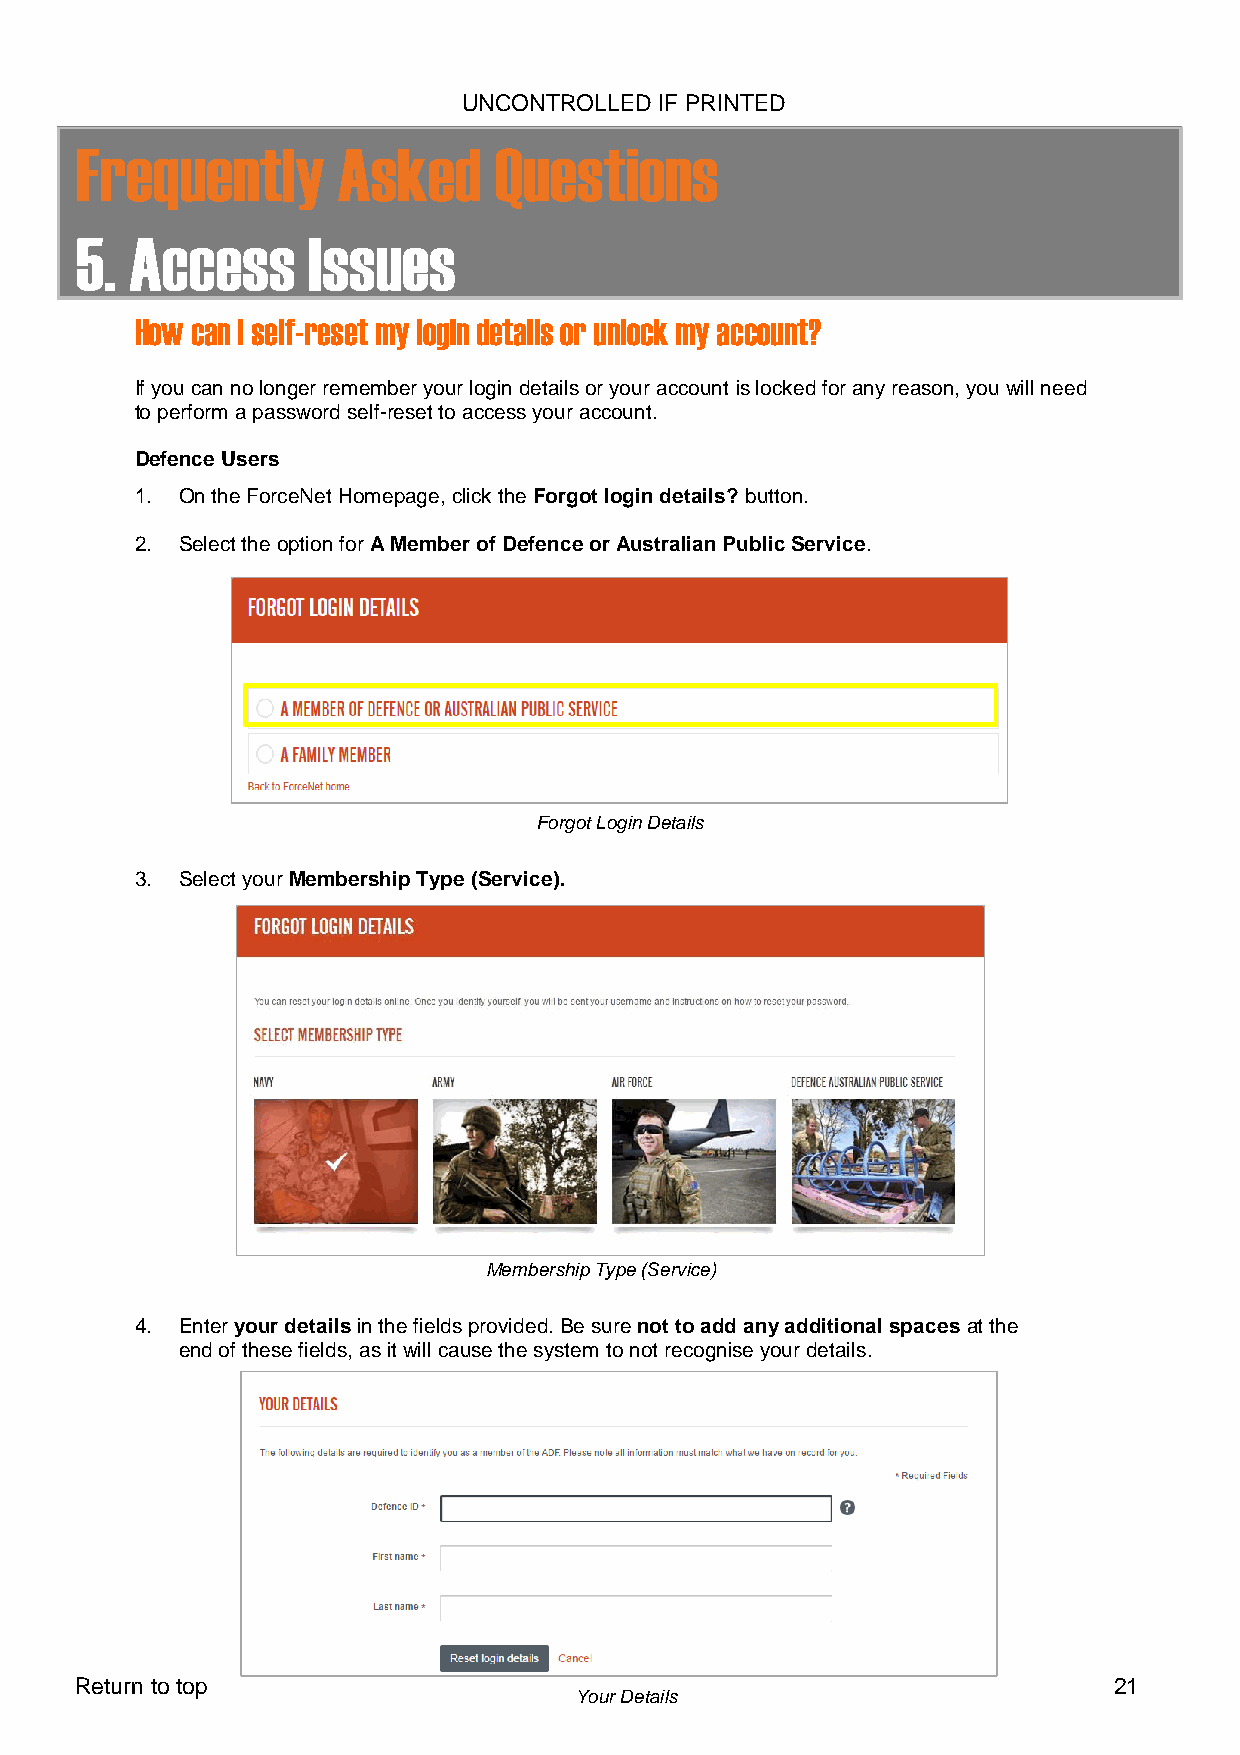
UNCONTROLLED IF PRINTED
 Frequently       Asked      Questions
 5.  Access     Issues
 How can I self-reset my login details or unlock my account?
 If you can no longer remember your login details or your account is locked for any reason, you will need
 to perform a password self-reset to access your account.
 Defence Users
 1. On the ForceNet Homepage, click the Forgot login details? button.
 2. Select the option for A Member of Defence or Australian Public Service.
 Forgot Login Details
 3. Select your Membership Type (Service).
 Membership Type (Service)
 4. Enter your details in the fields provided. Be sure not to add any additional spaces at the
 end of these fields, as it will cause the system to not recognise your details.
 Return to top                                                        21
 Your Details